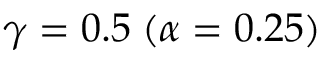
\gamma = 0 . 5 \; ( \alpha = 0 . 2 5 )